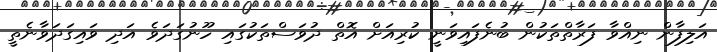
އަލިފާން ނިއްވާ ފަރާތްތަކުން ބުނެފައިވަނީ ކުރިއަށް އޮތް ދުވަސްތަކުގައި ހޫނުގަދަވެ އަދި ވައިގަދަވާނެތީ